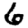
Digit: 6